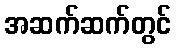
အဆက်ဆက်တွင်